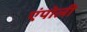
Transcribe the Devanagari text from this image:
एंपोली